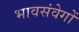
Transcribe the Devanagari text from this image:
भावसंवेगों